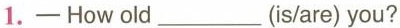
1.—How old___(is/are) you?